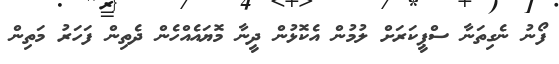
ފޯނު ނެގިތަނާ ސްޕީކަރަށް ލުމުން އެކޮޅުން ދީނާ މޮޔައެއްހެން ދެތިން ފަހަރު މަތިން